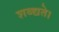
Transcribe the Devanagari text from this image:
शब्द्यते।